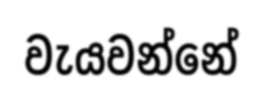
වැයවන්නේ